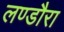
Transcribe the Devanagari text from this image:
लण्डौरा